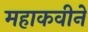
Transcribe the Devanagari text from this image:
महाकवीने